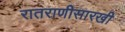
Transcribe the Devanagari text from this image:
रातराणीसारखी